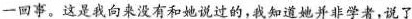
一回事。这是我向来没有和她说过的，我知道她并非学者，说了